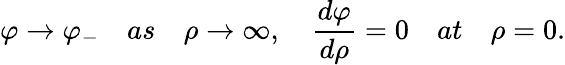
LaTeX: \varphi\to\varphi_{-}\quad as\quad\rho\to\infty,\quad{\frac{d\varphi}{d\rho}}=0\quad at\quad\rho=0.